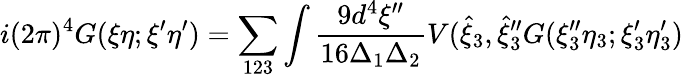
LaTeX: i(2\pi)^{4}G(\xi\eta;\xi^{\prime}\eta^{\prime})=\sum_{123}\int\frac{9d^{4}\xi^{\prime\prime}}{16\Delta_{1}\Delta_{2}}V({\hat{\xi}}_{3},{\hat{\xi}}_{3}^{\prime\prime}G(\xi_{3}^{\prime\prime}\eta_{3};\xi_{3}^{\prime}\eta_{3}^{\prime})